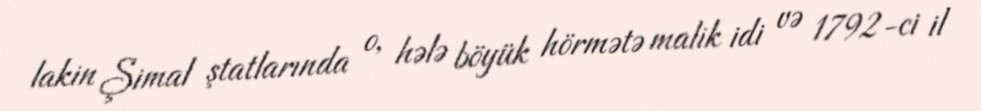
lakin Şimal ştatlarında o, hələ böyük hörmətə malik idi və 1792-ci il